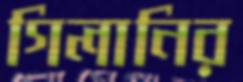
গিলানির